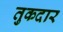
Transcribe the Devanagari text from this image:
तुकदार